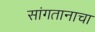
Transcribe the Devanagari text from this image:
सांगतानाचा